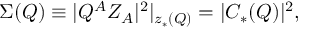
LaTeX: \Sigma ( Q ) \equiv | Q ^ { A } Z _ { A } | ^ { 2 } | _ { z _ { * } ( Q ) } = | C _ { * } ( Q ) | ^ { 2 } ,